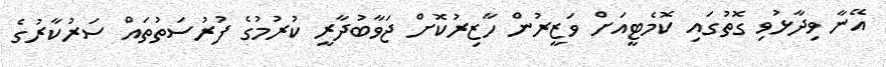
އޭނާ ވިދާޅުވި ގޮތުގައި ކޮމެޓީއަށް ވަޒީރުން ހާޒިރުކޮށް ޖަވާބުދާރީ ކުރުމުގެ ފުރުސަތުތައް ސަރުކާރުގެ